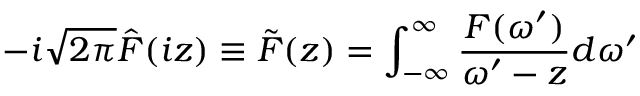
- i \sqrt { 2 \pi } \hat { F } ( i z ) \equiv \tilde { F } ( z ) = \int _ { - \infty } ^ { \infty } \frac { F ( \omega ^ { \prime } ) } { \omega ^ { \prime } - z } d \omega ^ { \prime }